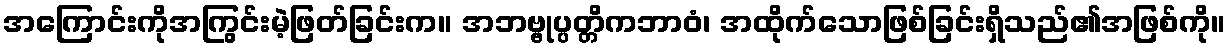
အကြောင်းကိုအကြွင်းမဲ့ဖြတ်ခြင်းက။ အဘဗ္ဗုပ္ပတ္တိကဘာဝံ၊ အထိုက်သောဖြစ်ခြင်းရှိသည်၏အဖြစ်ကို။